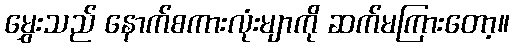
မွှေးသည် နောက်စကားလုံးမျာကို ဆက်မကြားတော့။